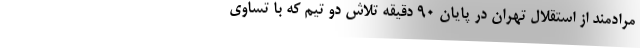
مرادمند از استقلال تهران در پایان ۹۰ دقیقه تلاش دو تیم که با تساوی